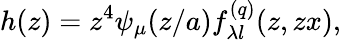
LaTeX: h(z)=z^{4}\psi_{\mu}(z/a)f_{\lambda l}^{(q)}(z,zx),